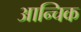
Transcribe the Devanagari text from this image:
आन्चिक